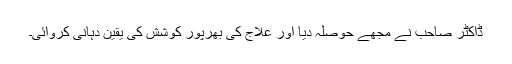
ڈاکٹر صاحب نے مجھے حوصلہ دیا اور علاج کی بھرپور کوشش کی یقین دہانی کروائی۔